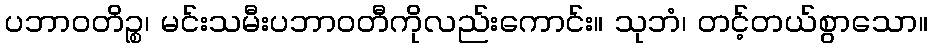
ပဘာဝတိဉ္စ၊ မင်းသမီးပဘာဝတီကိုလည်းကောင်း။ သုဘံ၊ တင့်တယ်စွာသော။